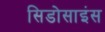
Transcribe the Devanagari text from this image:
सिडोसाइंस